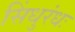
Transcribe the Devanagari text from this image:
सिंधुरंधः